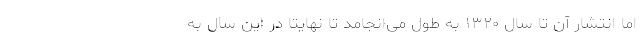
اما انتشار آن تا سال ۱۳۲۰ به طول می‌انجامد تا نهایتا در این سال به